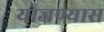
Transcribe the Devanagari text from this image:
योजण्यास